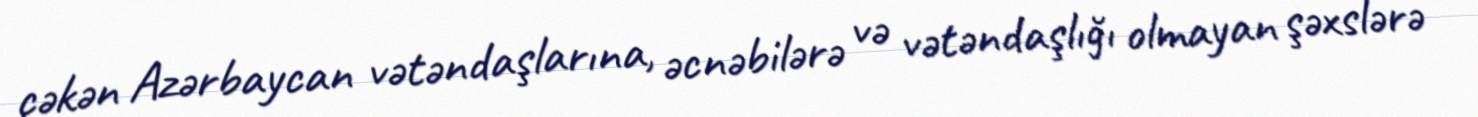
çəkən Azərbaycan vətəndaşlarına, əcnəbilərə və vətəndaşlığı olmayan şəxslərə